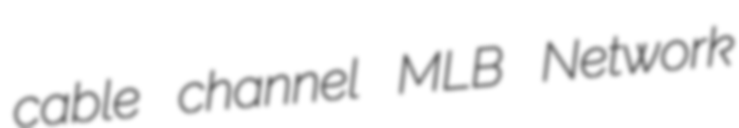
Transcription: cable channel MLB Network